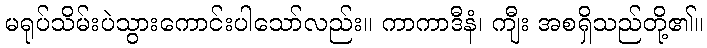
မရုပ်သိမ်းပဲသွားကောင်းပါသော်လည်း။ ကာကာဒီနံ၊ ကျီး အစရှိသည်တို့၏။